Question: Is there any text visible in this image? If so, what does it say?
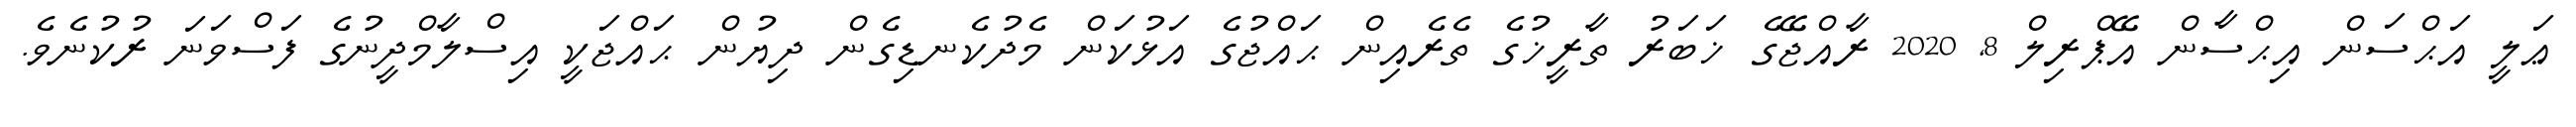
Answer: ޢަލީ އަޙްސަން އިޙްސާން އޭޕްރިލް 8, 2020 ރާއްޖޭގެ ޚަބަރު ތާރީޚުގެ ތެރެއިން ޙައްޖުގެ އަޅުކަން މެދުކެނޑިގެން ދިޔުން ޙައްޖަކީ އިސްލާމްދީނުގެ ފަސްވަނަ ރުކުނެވެ.